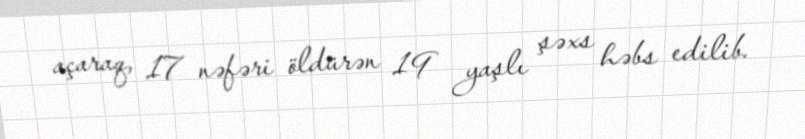
açaraq, 17 nəfəri öldürən 19 yaşlı şəxs həbs edilib.